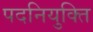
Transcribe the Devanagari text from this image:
पदनियुक्ति